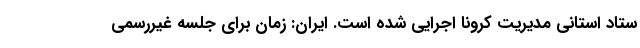
ستاد استانی مدیریت کرونا اجرایی شده است. ایران: زمان برای جلسه غیررسمی